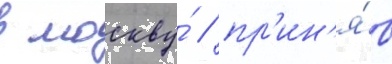
в москву́ / пр'ин'я́в